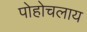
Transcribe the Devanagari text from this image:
पोहोचलाय